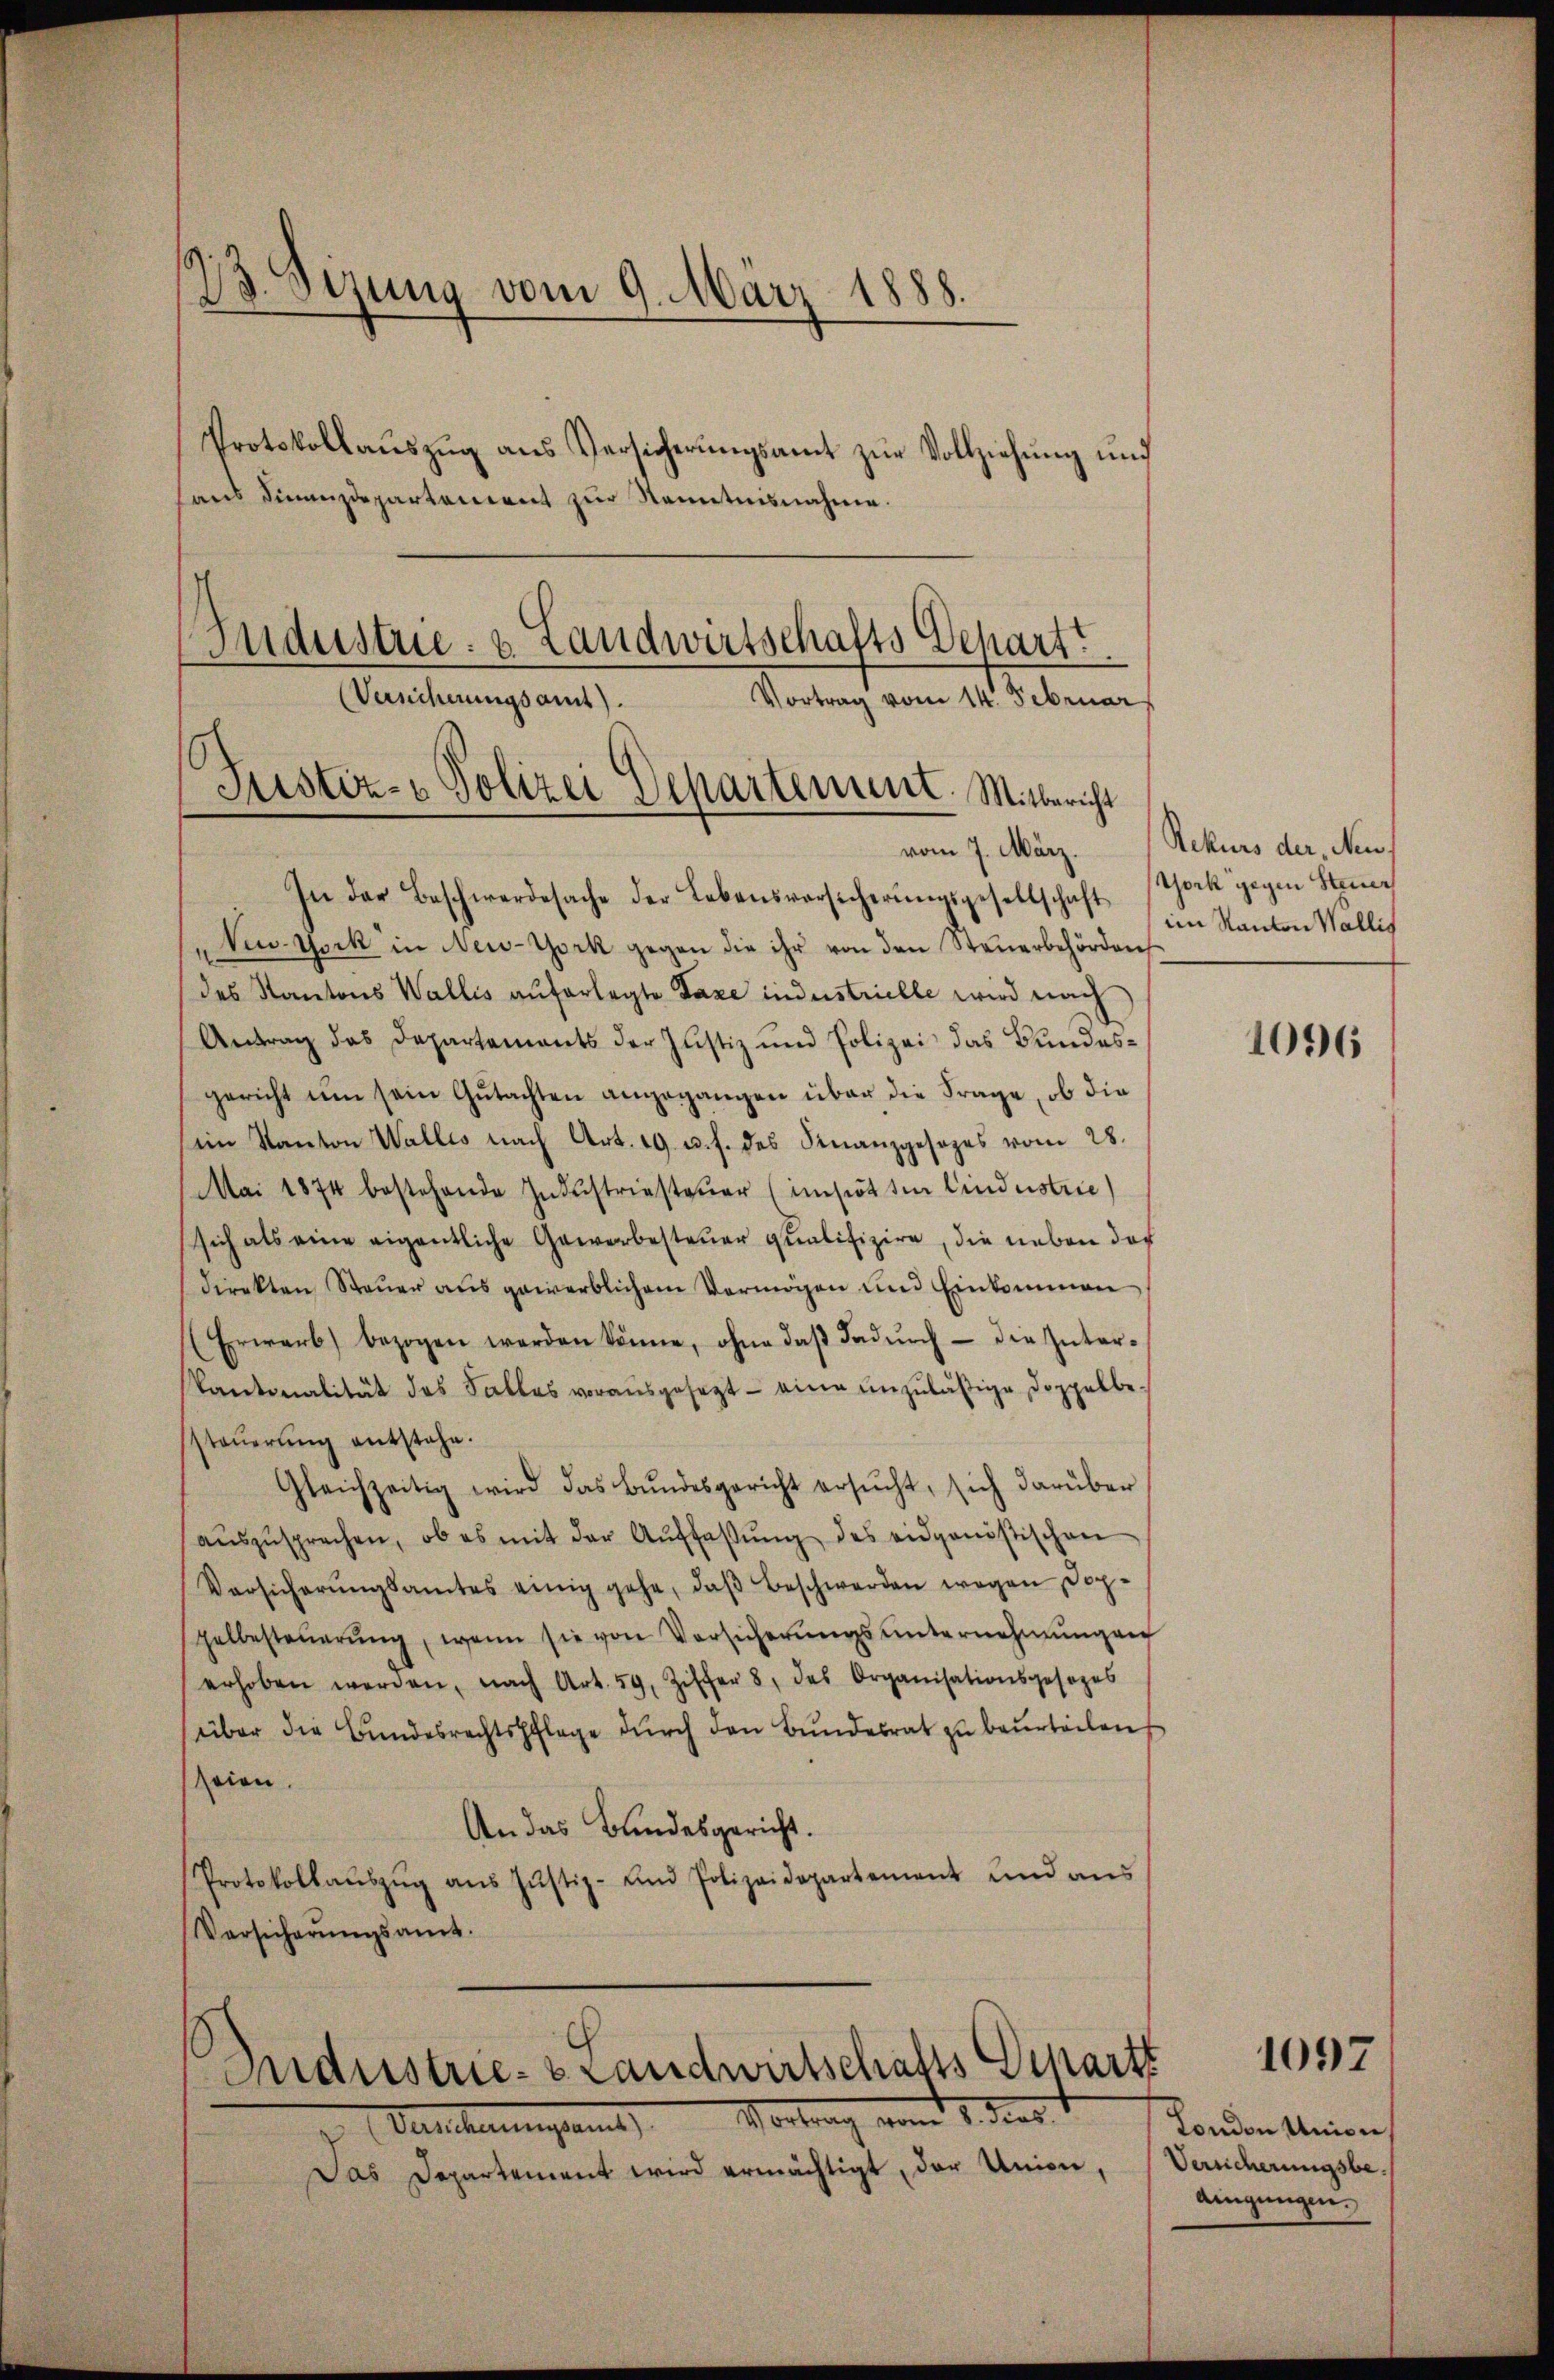
e
B. Sizung vom 9. März 1888.
Protokollauszug aus Versicherungsamt zur Vollziehung und
hans Finanzdepartement zur Kenntnisnahme.
Industrie- & Landwirtschafts Depart.
Verscherungsamt).
Vortrag vom 14. Februar

Justiz- & Polizei Departement. Mitbericht

In der Beschwerdesache der Lebensversicherŭngsgesellschaft im Kanton Wallis
New York in New-York gegen die ihr von den Steuerbehörden
des Kantons Wallis auferlegte Taxe industrielle wird nach
Antrag das Departements der Justiz und Polizei das Bundesgericht um sein Gutachten angegangen über die Frage, ob die
im Kanton Wallis nach Art. 19 u. f. des Finanzgesezes vom 28.
Mai 1874 bestehende Indŭstriesteŭer (imsiottin Cindustrie)
sich als eine eigentliche Gewerbesteŭer qualifiziere, die neben der
direkten Steŭer aus gewerblichem Vermögen und Einkommen
(Erwarb, bezogen werden könne, ohne daβ dadŭrch die Inter-
Kantonalität des Falles vorausgesezt - eine unzuläßige Doppelbesteŭerŭng entstehe.
Gleichzeitig wird das Bŭndesgericht ersŭcht, sich darüber
aŭszŭsprechen, ob es mit der Aŭffaβŭng des eidganistischen
Versicherŭngsamtes einig gehe, daβ beschwerden wegen Doppelbesteŭerŭng, wenn sie von Vorsicherŭngsŭnternehmungen
erhoben werden, nach Art. 59, Ziffer 8, das Organisationsgesezes
über die Bŭndesrechtspflage dŭrch den Bŭndesrat zŭ beŭrteilen
seien.
An das Bundesgericht.
Protokollaŭszŭg ans Jŭstiz- und Polizeidepartement und ans
Versicherŭngsamt.

Das Departement wird ermächtigt, der Union,

Industrie-Landwirtschafts Depart
Walcherungsant Marbung vom 7. dies

vom 7. März. Rekurs der Neu¬
Vock gegen Steuer

1096

1097

London Union,
Versicherungsbe¬
Aingungen.